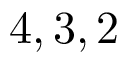
4 , 3 , 2